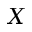
X